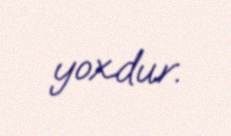
yoxdur.